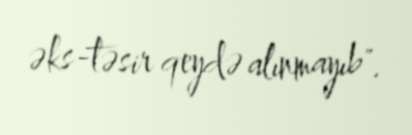
əks-təsir qeydə alınmayıb".